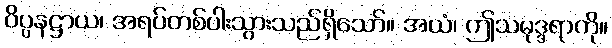
ဝိပ္ပနဋ္ဌာယ၊ အရပ်တစ်ပါးသွားသည်ရှိသော်။ အယံ၊ ဤသမုဒ္ဒရာကို။